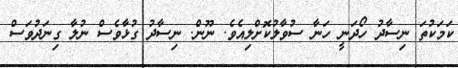
ކަމަކުތަ ނިސާދު ހޯދަނީ ހަނާ ސުވާލުކޮށްލިއެވެ. ނޫން. ނިސާދު ގުޅާވެސް ނުލާ ގިނަދުވަސް